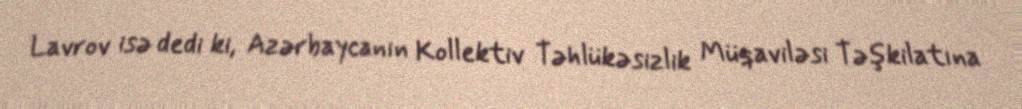
Lavrov isə dedi ki, Azərbaycanın Kollektiv Təhlükəsizlik Müqaviləsi Təşkilatına